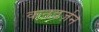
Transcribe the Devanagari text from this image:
कनवर्ज़न